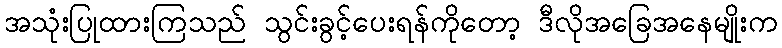
အသုံးပြုထားကြသည် သွင်းခွင့်ပေးရန်ကိုတော့ ဒီလိုအခြေအနေမျိုးက